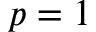
p = 1